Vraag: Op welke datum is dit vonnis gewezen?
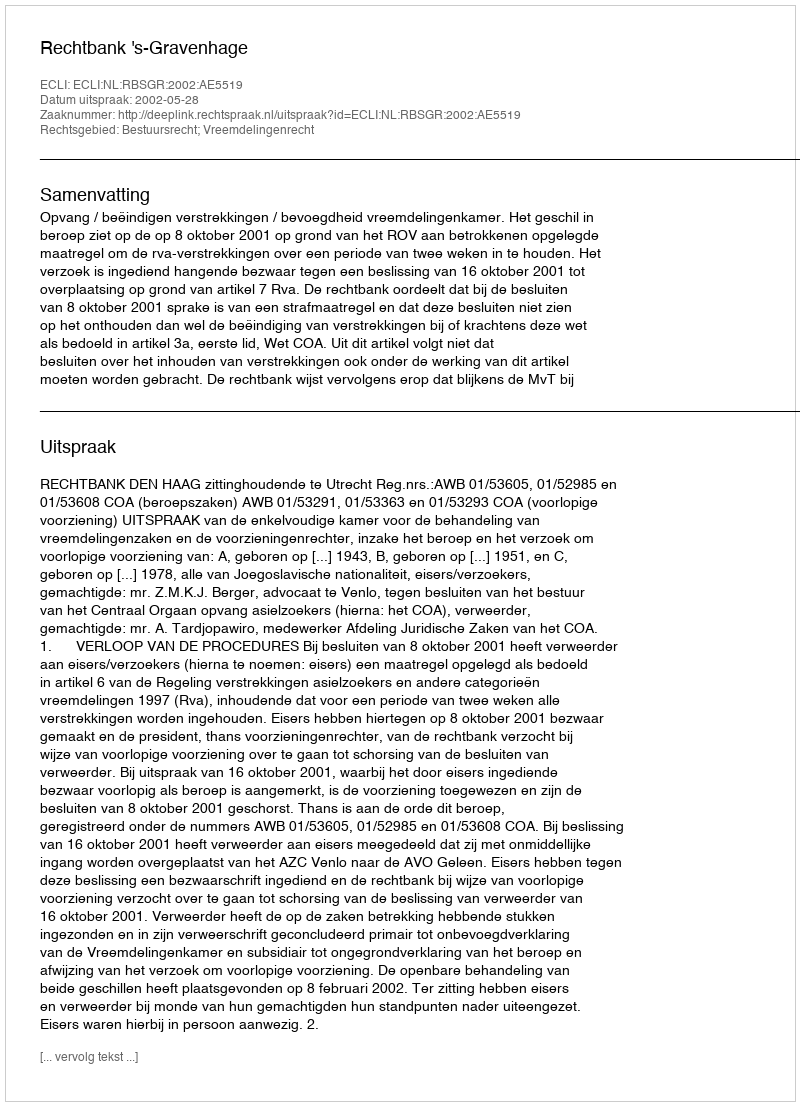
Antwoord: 2002-05-28